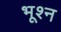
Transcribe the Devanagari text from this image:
भूश्न